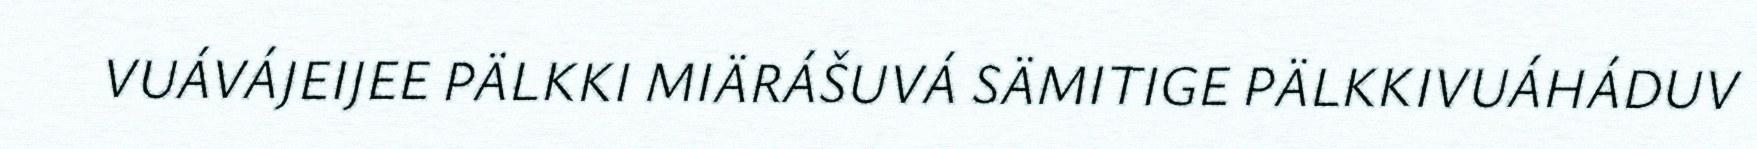
VUÁVÁJEIJEE PÄLKKI MIÄRÁŠUVÁ SÄMITIGE PÄLKKIVUÁHÁDUV